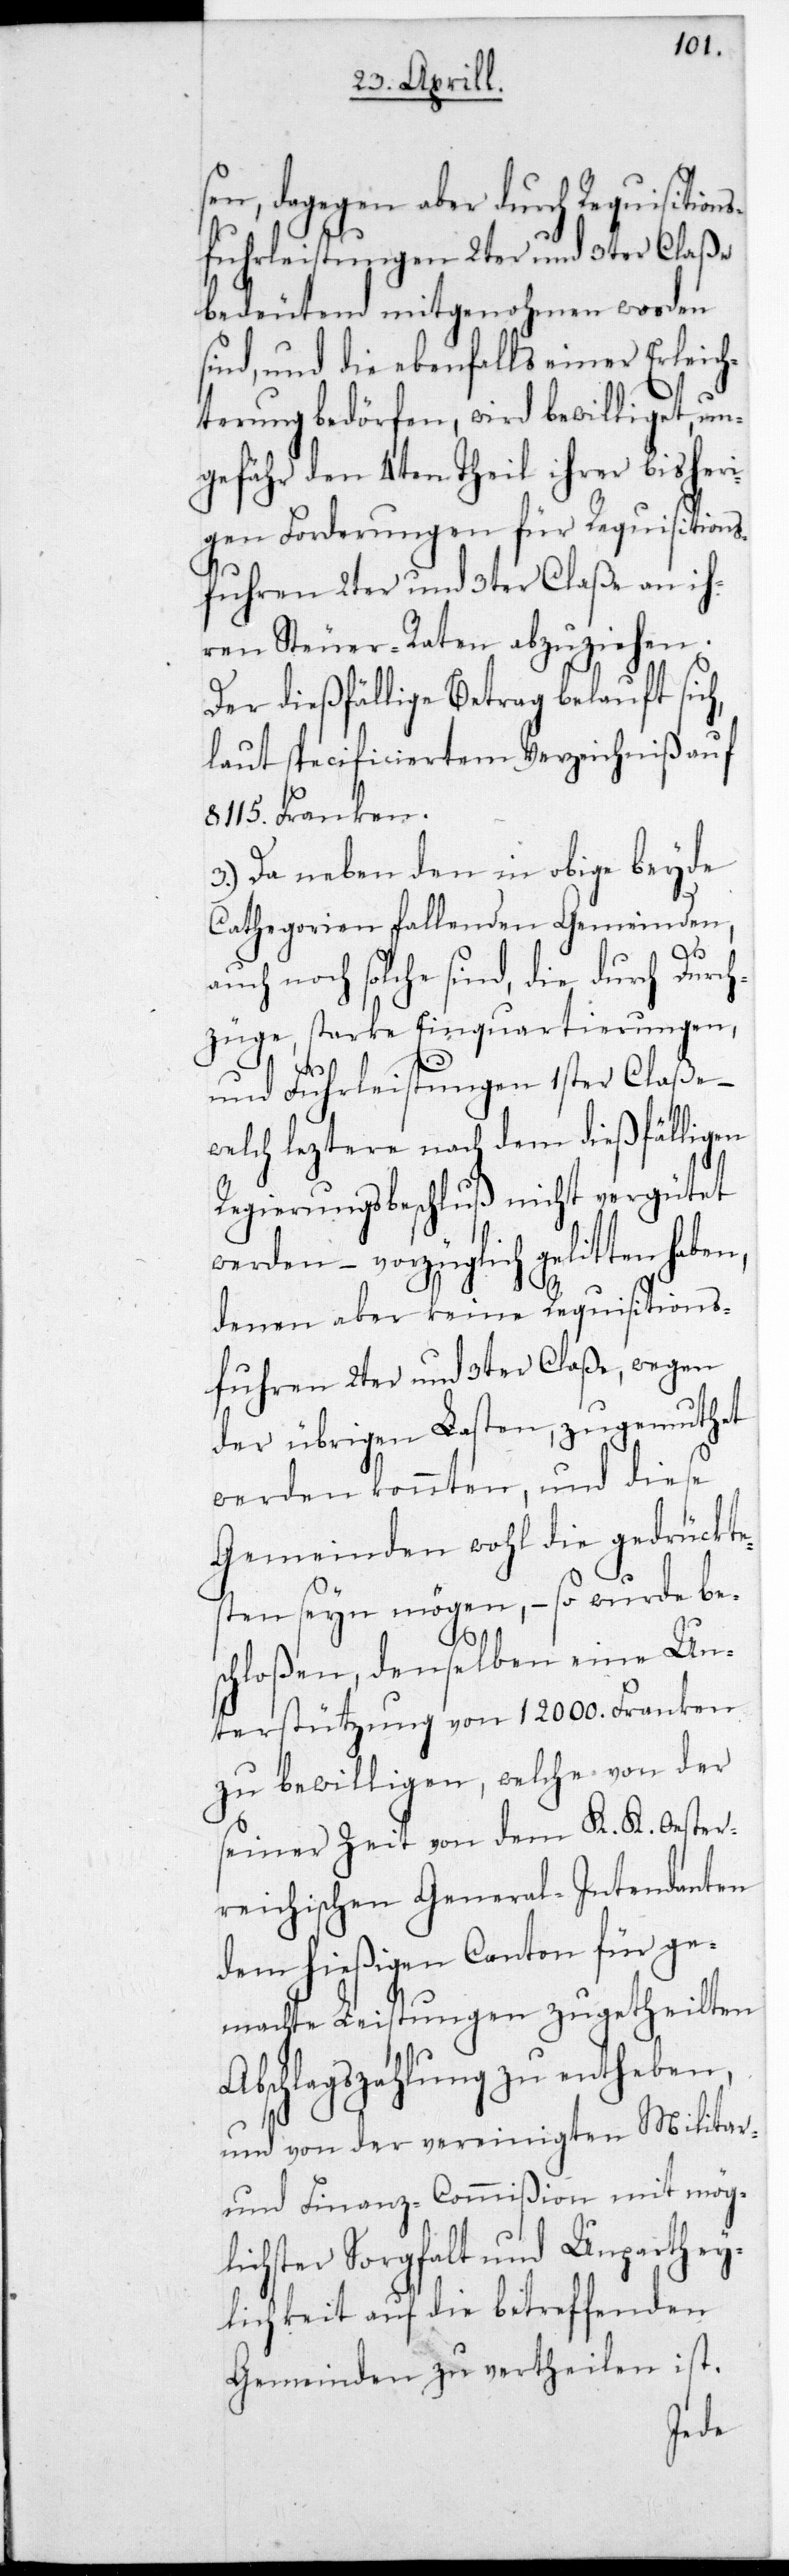
sen, dagegen aber durch Requisition¬
s-Fuhrleistungen 2ter und 3ter Claße
bedeutend mitgenohmen worden
sind, und die ebenfalls einer Erleich¬
terung bedörfen, wird bewilliget, un¬
gefähr den 4ten Theil ihrer bisheri¬
gen Forderungen für Requisitions¬
fuhren 2ter und 3ter Claße an ih¬
ren Steuer-Rata abzuziehen.
Der dießfällige Betrag belauft sich,
laut specificiertem Verzeichniß, auf
8115. Franken.
3.) Da neben den in obige beyde
Cathegorien fallenden Gemeinden,
auch noch solche sind, die durch Durch¬
züge, starke Einquartierungen
und Fuhrleistungen 1ster Claße –
welch leztere nach dem dießfälligen
Regierungsbeschluß nicht vergütet
werden – vorzüglich gelitten
denen aber keine Requisitions¬
fuhren 2ter und 3ter Claße, wegen
der übrigen Lasten, zugemutet
werden konnten, und diese
Gemeinden wohl die Gedrückte¬
sten sein mögen, – so wurde bes¬
chloßen, denselben eine Un¬
terstützung von 12 000. Franken
zu bewilligen, welche von der
seiner Zeit von dem K. K. Oester¬
reichischen General-Intendanten
dem hießigen Canton für ge¬
machte Leistungen zugetheilten
Abschlagszahlung zu entheben,
und von der vereinigten Militar-
und Finanz-Commißion mit mög¬
lichster Sorgfalt und Unparthey¬
lichkeit auf die betreffenden
Gemeinden zu vertheilen ist.